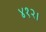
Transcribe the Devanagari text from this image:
४१२।